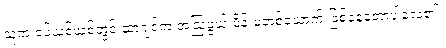
သူက ခပ်ယစ်ယစ်တွင် ဆာဂျင်က အံ့ဩဖွယ် မိန်းမတစ်ယောက် ဖြစ်နေတော့ပါလေ၏။